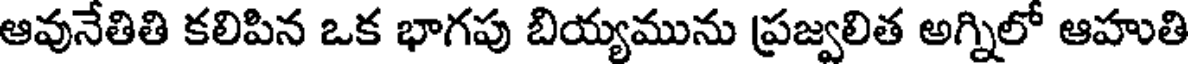
ఆవునేతితి కలిపిన ఒక భాగపు బియ్యమును ప్రజ్వలిత అగ్నిలో ఆహుతి